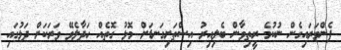
ފެންވަރައިގެން ނުކުމެ ރީތިވާން ބެލިއިރު އިސްތަށިގަނޑަށް މޮޅު ގޮތެއް ހަދާލެވޭ ވަރަކަށް ދަޅުގައި